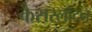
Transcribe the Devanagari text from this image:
कैसरलॉटन